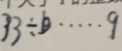
3 3 \div b \cdots 9